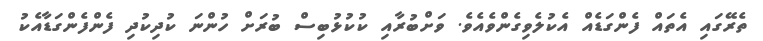
ތެރޭގައި އެތައް ފެންގަޑެއް އެކުލެވިގެންވެއެވެ. ވަށްބުރާއި ކުކުޅުބިސް ބުރަށް ހުންނަ ކުދިކުދި ފެންފެންގަޑާއެކު